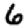
Digit: 6